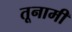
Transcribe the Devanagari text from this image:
तूनामी